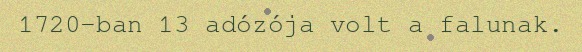
1720-ban 13 adózója volt a falunak.